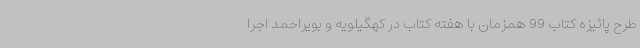
طرح پائیزه کتاب 99 همزمان با هفته کتاب در کهگیلویه و بویراحمد اجرا